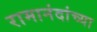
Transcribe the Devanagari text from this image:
रामानंदांच्या